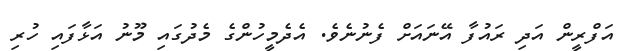
އަފްރީން އަދި ރައުފާ އޭނައަށް ފެނުނެވެ. އެދެމީހުންގެ މެދުގައި މޫނު އަޅާފައި ހުރި